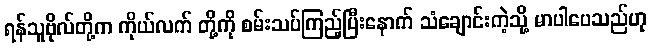
ရန်သူဗိုလ်တို့က ကိုယ်လက် တို့ကို စမ်းသပ်ကြည့်ပြီးနောက် သံချောင်းကဲ့သို့ မာပါပေသည်ဟု